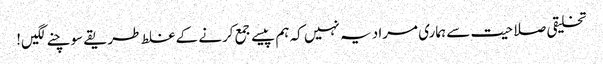
تخلیقی صلاحیت سے ہماری مراد یہ نہیں کہ ہم پیسے جمع کرنے کے غلط طریقے سوچنے لگیں!